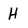
Character: H